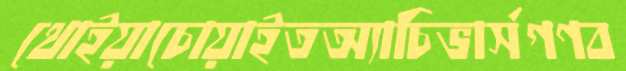
থোইয়াচোয়াইতঅ্যাচিভার্সগণব